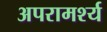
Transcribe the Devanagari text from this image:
अपरामर्श्य